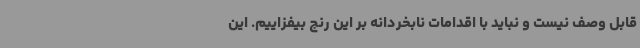
قابل وصف نیست و نباید با اقدامات نابخردانه بر این رنج بیفزاییم. این